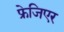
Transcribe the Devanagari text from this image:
फ्रेजिएर